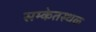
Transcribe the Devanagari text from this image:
सम्केतस्थळ